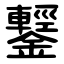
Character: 鑋